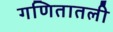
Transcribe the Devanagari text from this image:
गणितातली